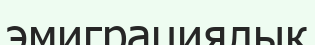
эмиграциялық